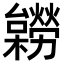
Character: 𣟽